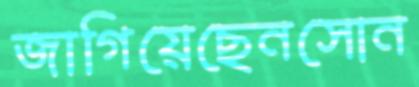
জাগিয়েছেনসোন